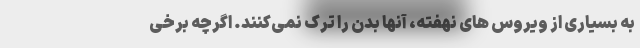
به بسیاری از ویروس های نهفته، آنها بدن را ترک نمی‌کنند. اگرچه برخی